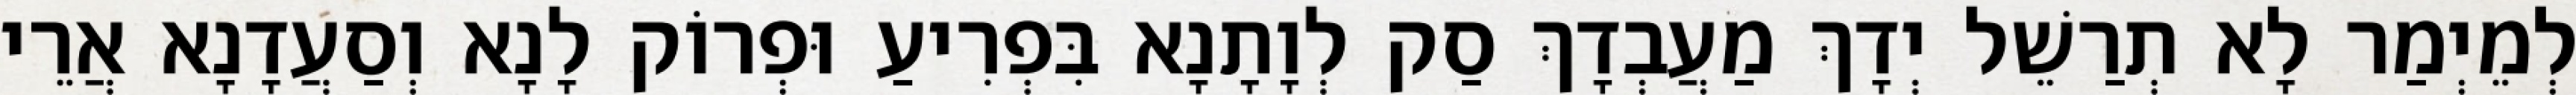
לְמֵיְמַר לָא תְרַשֵׁל יְדָךְ מַעֲבְדָךְ סַק לְוָתָנָא בִּפְרִיעַ וּפְרוֹק לָנָא וְסַעֲדָנָא אֲרֵי